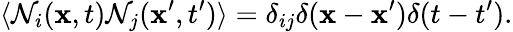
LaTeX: \langle\mathcal{N}_{i}(\mathbf{x},t)\mathcal{N}_{j}(\mathbf{x}^{\prime},t^{\prime})\rangle=\delta_{ij}\delta(\mathbf{x}-\mathbf{x}^{\prime})\delta(t-t^{\prime}).